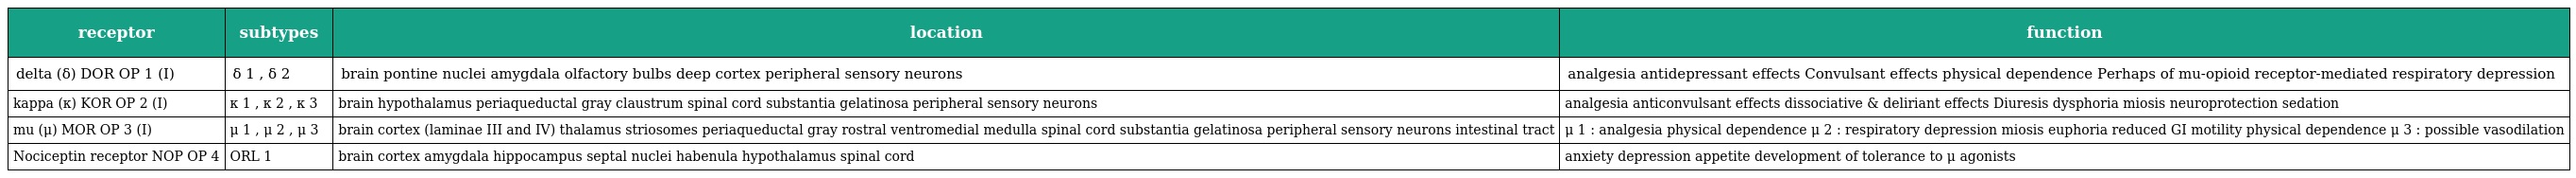
| receptor | subtypes | location | function |
 | --- | --- | --- | --- |
 | delta (δ) DOR OP 1 (I) | δ 1 , δ 2 | brain pontine nuclei amygdala olfactory bulbs deep cortex peripheral sensory neurons | analgesia antidepressant effects Convulsant effects physical dependence Perhaps of mu-opioid receptor-mediated respiratory depression |
 | kappa (κ) KOR OP 2 (I) | κ 1 , κ 2 , κ 3 | brain hypothalamus periaqueductal gray claustrum spinal cord substantia gelatinosa peripheral sensory neurons | analgesia anticonvulsant effects dissociative & deliriant effects Diuresis dysphoria miosis neuroprotection sedation |
 | mu (μ) MOR OP 3 (I) | μ 1 , μ 2 , μ 3 | brain cortex (laminae III and IV) thalamus striosomes periaqueductal gray rostral ventromedial medulla spinal cord substantia gelatinosa peripheral sensory neurons intestinal tract | μ 1 : analgesia physical dependence μ 2 : respiratory depression miosis euphoria reduced GI motility physical dependence μ 3 : possible vasodilation |
 | Nociceptin receptor NOP OP 4 | ORL 1 | brain cortex amygdala hippocampus septal nuclei habenula hypothalamus spinal cord | anxiety depression appetite development of tolerance to μ agonists |